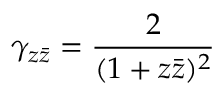
\gamma _ { z \bar { z } } = \frac { 2 } { ( 1 + z \bar { z } ) ^ { 2 } }